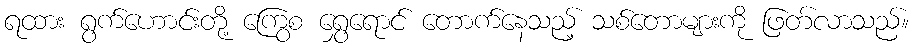
ရထား ရွက်ဟောင်းတို့ ကြွေစ ရွှေရောင် တောက်နေသည့် သစ်တောများကို ဖြတ်လာသည်။